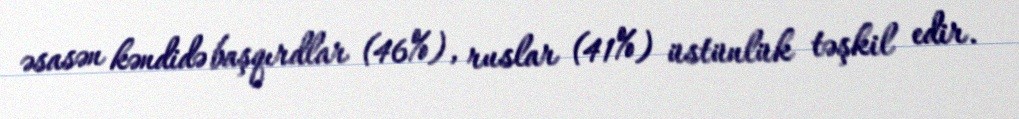
əsasən kəndidə başqırdlar (46%), ruslar (41%) üstünlük təşkil edir.